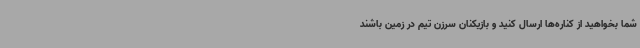
شما بخواهید از کناره‌ها ارسال کنید و بازیکنان سرزن تیم در زمین باشند